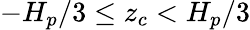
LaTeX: -H_{p}/3\le z_{c}<H_{p}/3